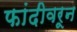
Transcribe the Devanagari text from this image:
फांदीवरून